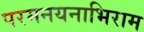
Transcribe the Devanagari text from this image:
परमनयनाभिराम